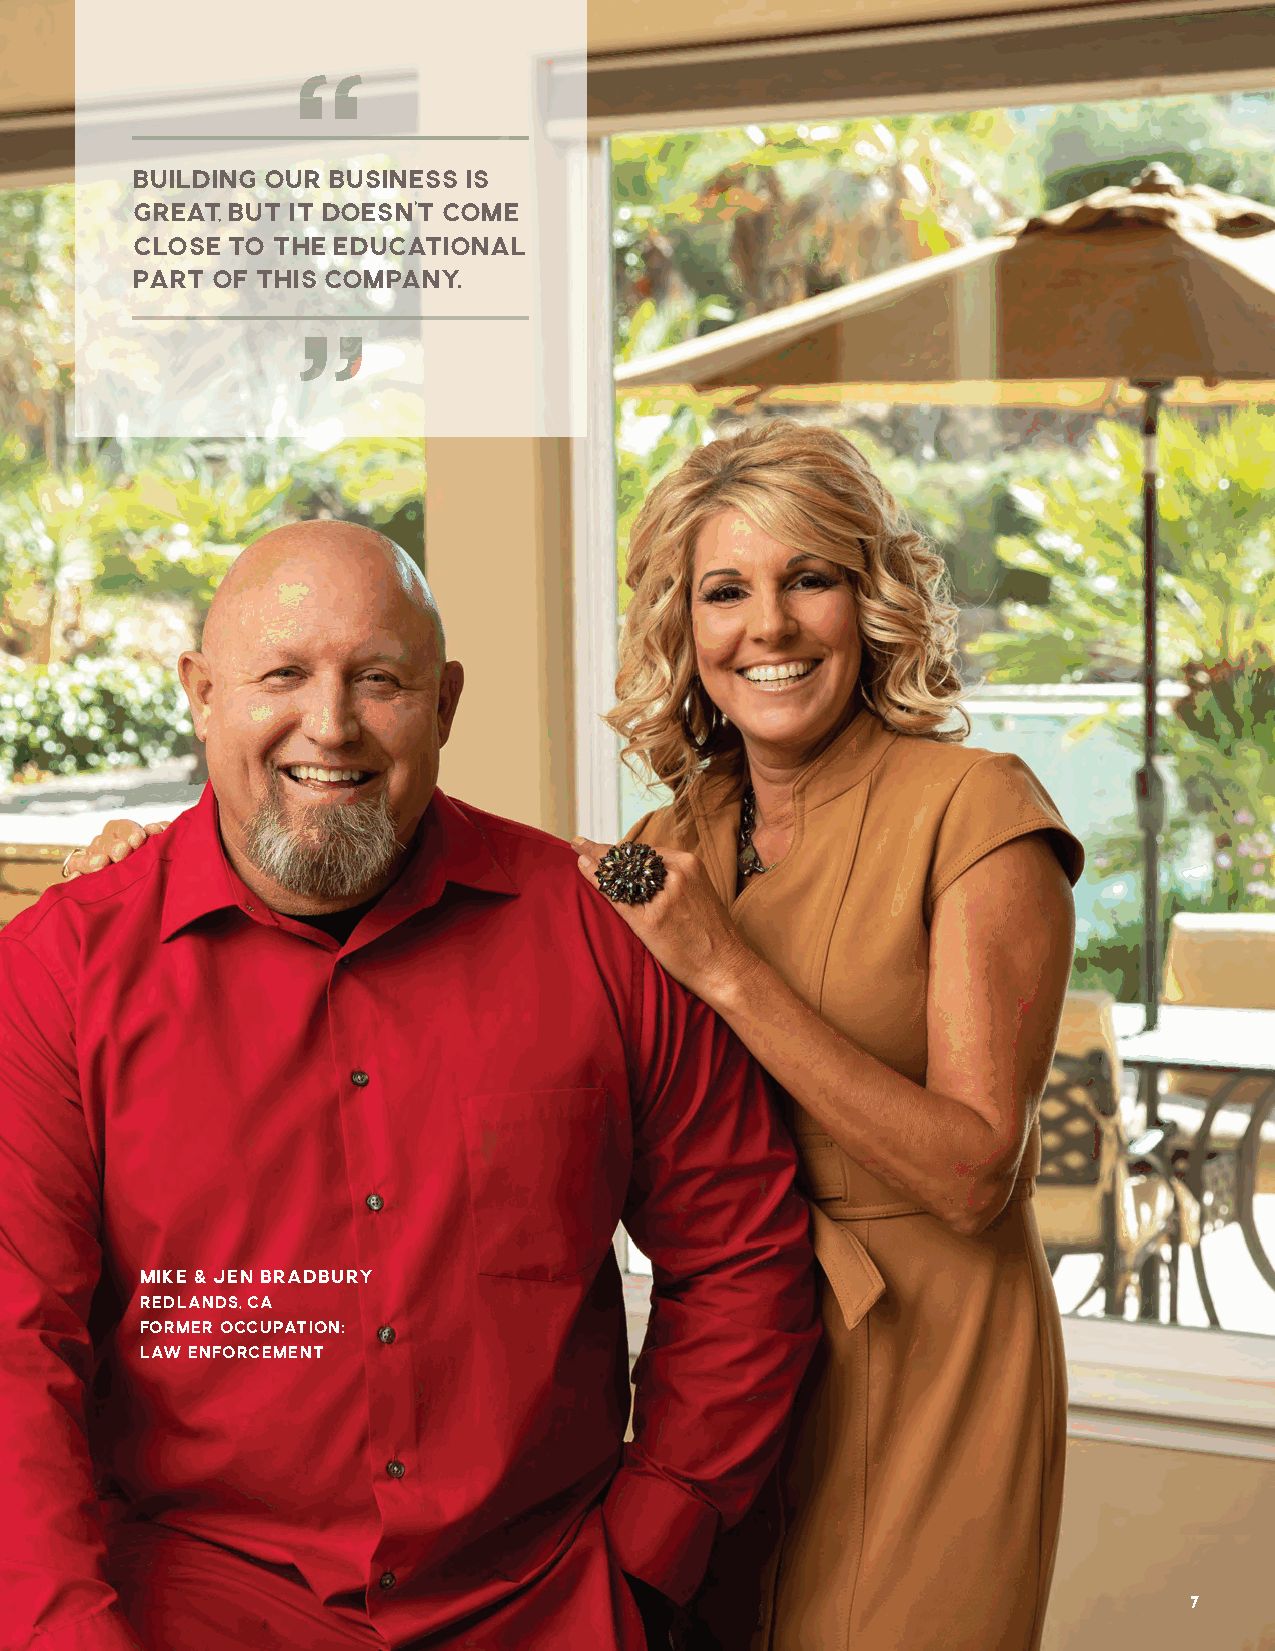
BUILDING OUR BUSINESS IS
 GREAT, BUT IT DOESN’T COME
 CLOSE TO THE EDUCATIONAL
 PART OF THIS COMPANY.
 MIKE & JEN BRADBURY
 REDLANDS, CA
 FORMER OCCUPATION:
 LAW ENFORCEMENT
 7